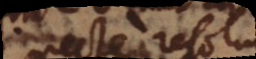
recte resolutae